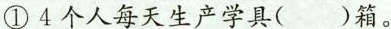
①4个人每天生产学具()箱。